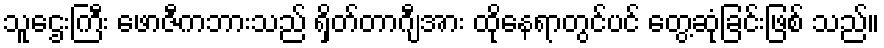
သူဌေးကြီး ဖောဇီကဘားသည် ရှိတ်တာဂျီအား ထိုနေရာတွင်ပင် တွေ့ဆုံခြင်းဖြစ် သည်။